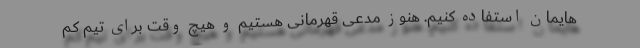
هایمان استفاده کنیم. هنوز مدعی قهرمانی هستیم و هیچ وقت برای تیم کم